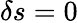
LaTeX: \delta s=0